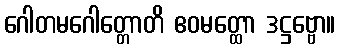
ဂေါတမဂေါတ္တောတိ ဧဝမတ္ထော ဒဋ္ဌဗ္ဗော။